Civil Veterinary Dept. Assam report 1927-50 - 1927-1950
Year: 1927
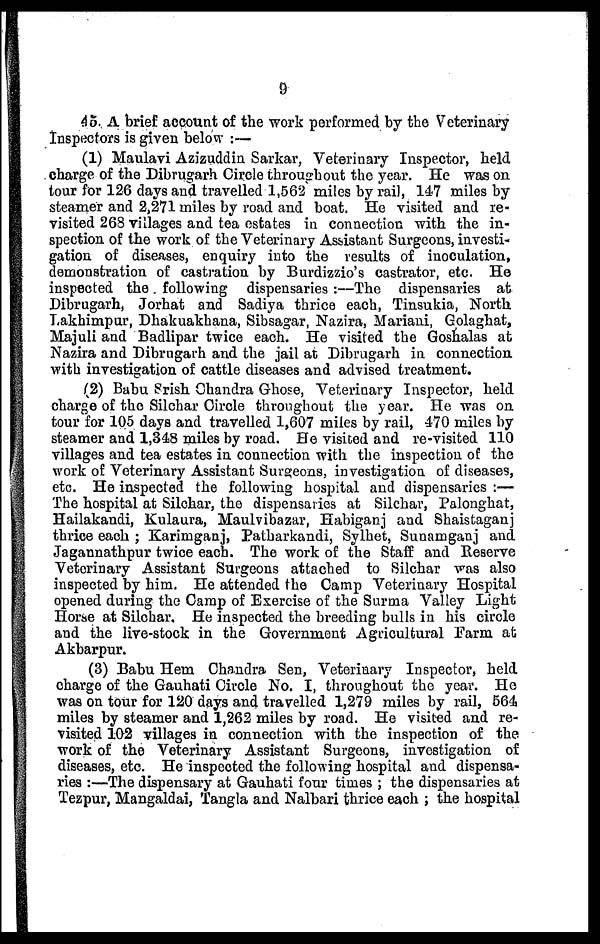
9
45. A brief account of the work performed by the Veterinary
Inspectors is given below :—
(1) Maulavi Azizuddin Sarkar, Veterinary Inspector, held
charge of the Dibrugarh Circle throughout the year. He was on
tour for 126 days and travelled 1,562 miles by rail, 147 miles by
steamer and 2,271 miles by road and boat. He visited and re-
visited 268 villages and tea estates in connection with the in-
spection of the work of the Veterinary Assistant Surgeons, investi-
gation of diseases, enquiry into the results of inoculation,
demonstration of castration by Burdizzio's castrator, etc. He
inspected the following dispensaries :—The dispensaries at
Dibrugarh, Jorhat and Sadiya thrice each, Tinsukia, North
Lakhimpur, Dhakuakhana, Sibsagar, Nazira, Mariani, Golaghat,
Majuli and Badlipar twice each. He visited the Goshalas at
Nazira and Dibrugarh and the jail at Dibrugarh in connection
with investigation of cattle diseases and advised treatment.
(2) Babu srish Chandra Ghose, Veterinary Inspector, held
charge of the Silchar Circle throughout the year. He was on
tour for 105 days and travelled 1,607 miles by rail, 470 miles by
steamer and 1,348 miles by road. He visited and re-visited 110
villages and tea estates in connection with the inspection of the
work of Veterinary Assistant Surgeons, investigation of diseases,
etc. He inspected the following hospital and dispensaries :—
The hospital at Silchar, the dispensaries at Silchar, Palonghat,
Hailakandi, Kulaura, Maulvibazar, Habiganj and Shaistaganj
thrice each ; Karimganj, Patharkandi, Sylhet, Sunamganj and
Jagannathpur twice each. The work of the Staff and Reserve
Veterinary Assistant Surgeons attached to Silchar was also
inspected by him. He attended the Camp Veterinary Hospital
opened during the Camp of Exercise of the Surma Valley Light
Horse at Silchar. He inspected the breeding bulls in his circle
and the live-stock in the Government Agricultural Farm at
Akbarpur.
(3) Babu Hem Chandra Sen, Veterinary Inspector, held
charge of the Gauhati Circle No. I, throughout the year. Ho
was on tour for 120 days and travelled 1,279 miles by rail, 564
miles by steamer and 1,262 miles by road. He visited and re-
visited 102 villages in connection with the inspection of the
work of the Veterinary Assistant Surgeons, investigation of
diseases, etc. He inspected the following hospital and dispensa-
ries :—The dispensary at Gauhati four times ; the dispensaries at
Tezpur, Mangaldai, Tangla and Nalbari thrice each ; the hospital